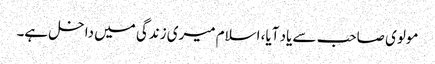
مولوی صاحب سے یاد آیا، اسلام میری زندگی میں داخل ہے۔